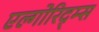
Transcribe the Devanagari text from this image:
एल्गोरिद्म्स